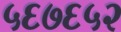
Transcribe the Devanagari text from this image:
५६७६५२